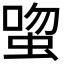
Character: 𬠉